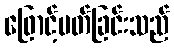
ဖြောင့်မတ်ခြင်းသည်